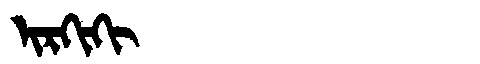
Manchu: ᡳᡵᡴᡳᡴᡳ
Romanization: IRKIKI